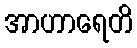
အာဟာရေတိ